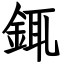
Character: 銸